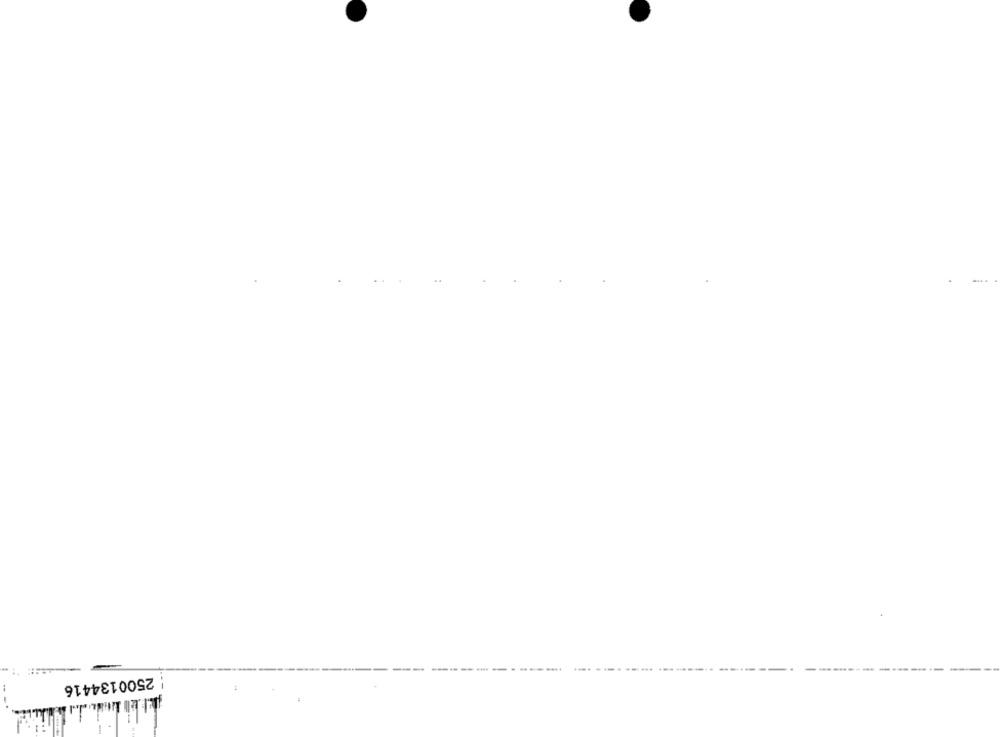
2500134416
--